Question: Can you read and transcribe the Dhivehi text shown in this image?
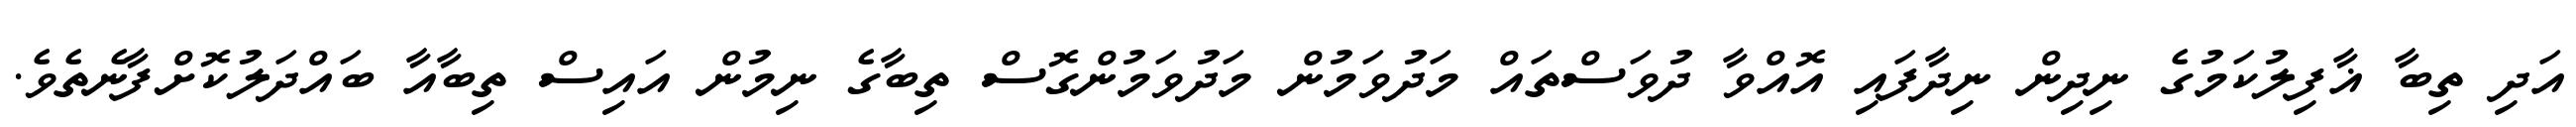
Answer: އަދި ތިބާ ޣާފިލުކަމުގެ ނިދިން ނިދާފައި އޮއްވާ ދުވަސްތައް މަދުވަމުން މަދުވަމުންގޮސް ތިބާގެ ނިމުން އައިސް ތިބާއާ ބައްދަލުކޮށްފާނެތެވެ.